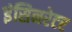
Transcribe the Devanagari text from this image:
इंसिनरेटर